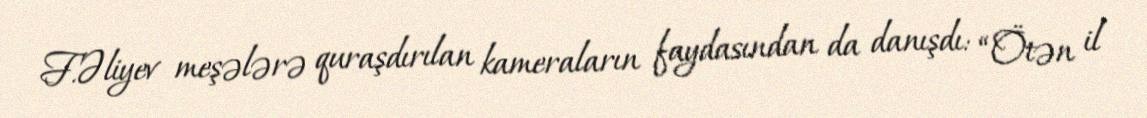
F.Əliyev meşələrə quraşdırılan kameraların faydasından da danışdı: “Ötən il